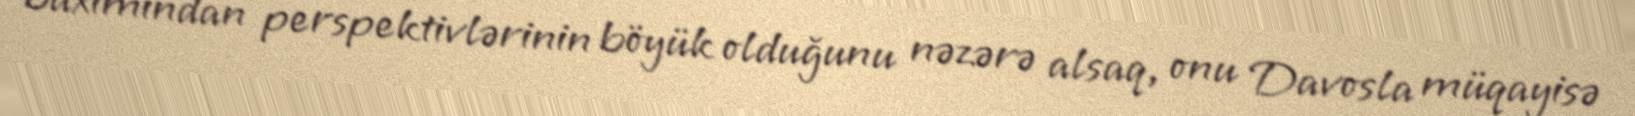
baxımından perspektivlərinin böyük olduğunu nəzərə alsaq, onu Davosla müqayisə